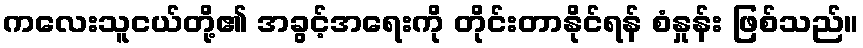
ကလေးသူငယ်တို့၏ အခွင့်အရေးကို တိုင်းတာနိုင်ရန် စံနှုန်း ဖြစ်သည်။